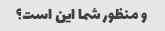
و منظور شما این است؟